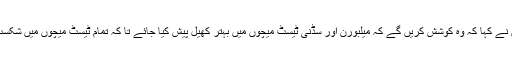
انگریز ٹیم کے کپتان نے کہا کہ وہ کوشش کریں گے کہ میلبورن اور سڈنی ٹیسٹ میچوں میں بہتر کھیل پیش کیا جائے تا کہ تمام ٹیسٹ میچوں میں شکست سے بچا جا سکے۔